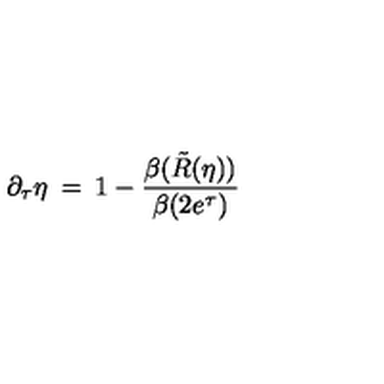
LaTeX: \partial _ { \tau } \eta \: = \: 1 - \frac { \beta ( \tilde { R } ( \eta ) ) } { \beta ( 2 e ^ { \tau } ) } \,